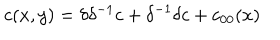
c ( x , y ) = \delta \delta ^ { - 1 } c + \delta ^ { - 1 } \delta c + c _ { 0 0 } ( x )